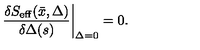
\left. { \frac { \delta S _ { \mathrm { e f f } } ( \bar { x } , \Delta ) } { \delta \Delta ( s ) } } \right\vert _ { \Delta = 0 } = 0 .